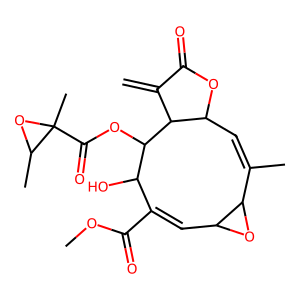
SMILES: C=C1C(=O)OC2C=C(C)C3OC3C=C(C(=O)OC)C(O)C(OC(=O)C3(C)OC3C)C12
Inhibits HIV replication: No